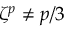
\zeta ^ { p } \neq p / 3